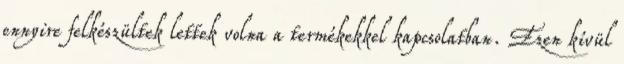
ennyire felkészültek lettek volna a termékekkel kapcsolatban. Ezen kívül